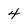
Character: 4